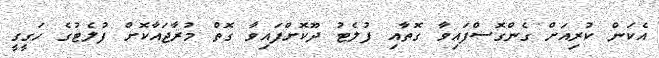
އެކަން ކުރިއަށް ގެންގޮސްފައިވާ ގޮތާއި ފުލެޓު ދޫކޮށްފައިވާ ގޮތް މުރާޖައާކޮށް ފުލެޓުގެ ހަގީގީ